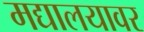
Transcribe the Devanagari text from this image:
मद्यालयावर